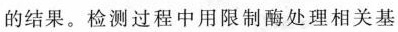
的结果。检测过程中用限制酶处理相关基